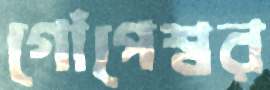
গোঁপেশ্বর